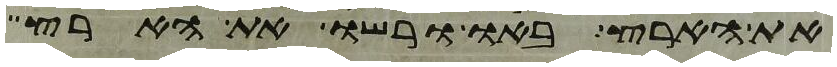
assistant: את הארץ באו ורשו את הארץ